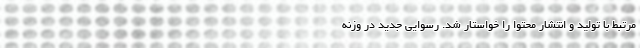
مرتبط با تولید و انتشار محتوا را خواستار شد. رسوایی جدید در وزنه